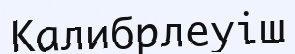
Калибрлеуіш